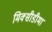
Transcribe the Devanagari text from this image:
मिक्सीडीमा